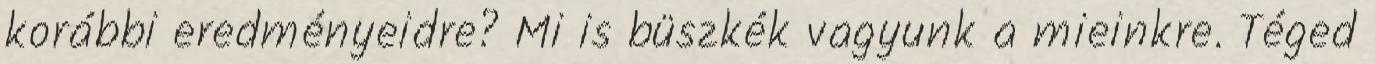
korábbi eredményeidre? Mi is büszkék vagyunk a mieinkre. Téged